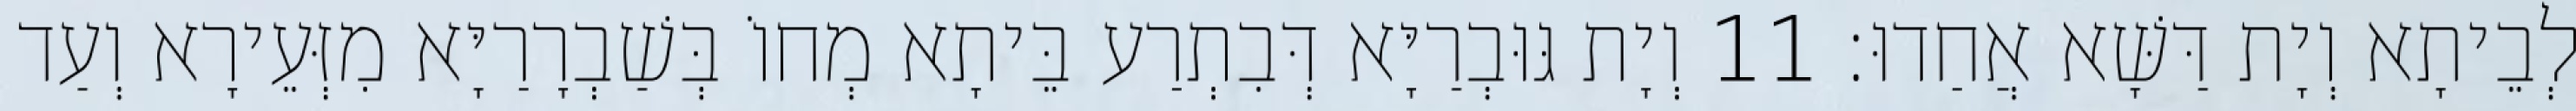
לְבֵיתָא וְיָת דַּשָּׁא אֲחַדוּ׃ 11 וְיָת גּוּבְרַיָּא דְּבִתְרַע בֵּיתָא מְחוֹ בְּשַׁבְרָרַיָּא מִזְּעֵירָא וְעַד